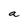
Character: a